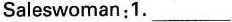
Saleswoman: 1. ___